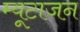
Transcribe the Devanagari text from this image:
म्यूटाजन